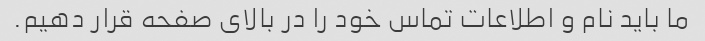
ما باید نام و اطلاعات تماس خود را در بالای صفحه قرار دهیم.